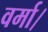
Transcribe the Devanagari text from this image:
वर्मा।